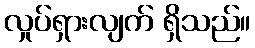
လှုပ်ရှားလျက် ရှိသည်။